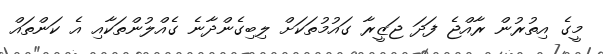
މީގެ އިތުރުން ރާއްޖެ ފަދަ ޖަޒީރާ ގައުމުތަކަށް ލިބިގެންދާނެ ގެއްލުންތަކާއި އެ ކަންތައް